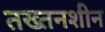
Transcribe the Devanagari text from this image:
तख्तनशीन